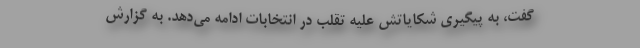
گفت، به پیگیری شکایاتش علیه تقلب در انتخابات ادامه می‌دهد. به گزارش